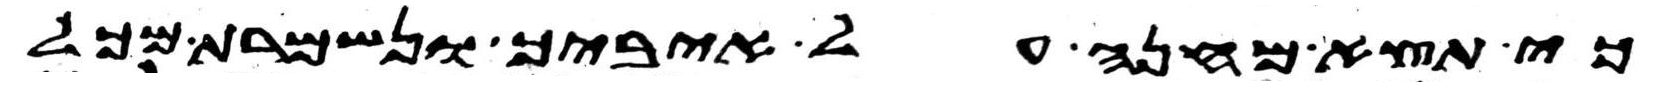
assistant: כי תצא מחנה על איביך ונשמרת מכל